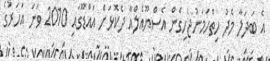
އެ ބަދަލާ މެދު ހިތްހަމަނުޖެހިގެން އެސްޔޫއެލްއާ ދެކޮޅަށް އައްޑޫގައި 2010 ވަނަ އަހަރުގެ